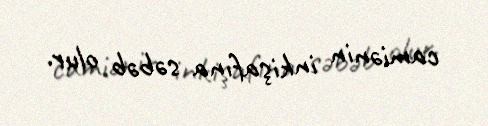
camiənin inkişafına səbəb olur.